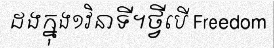
ដងក្នុង១វិនាទី។ថ្វីបើ Freedom